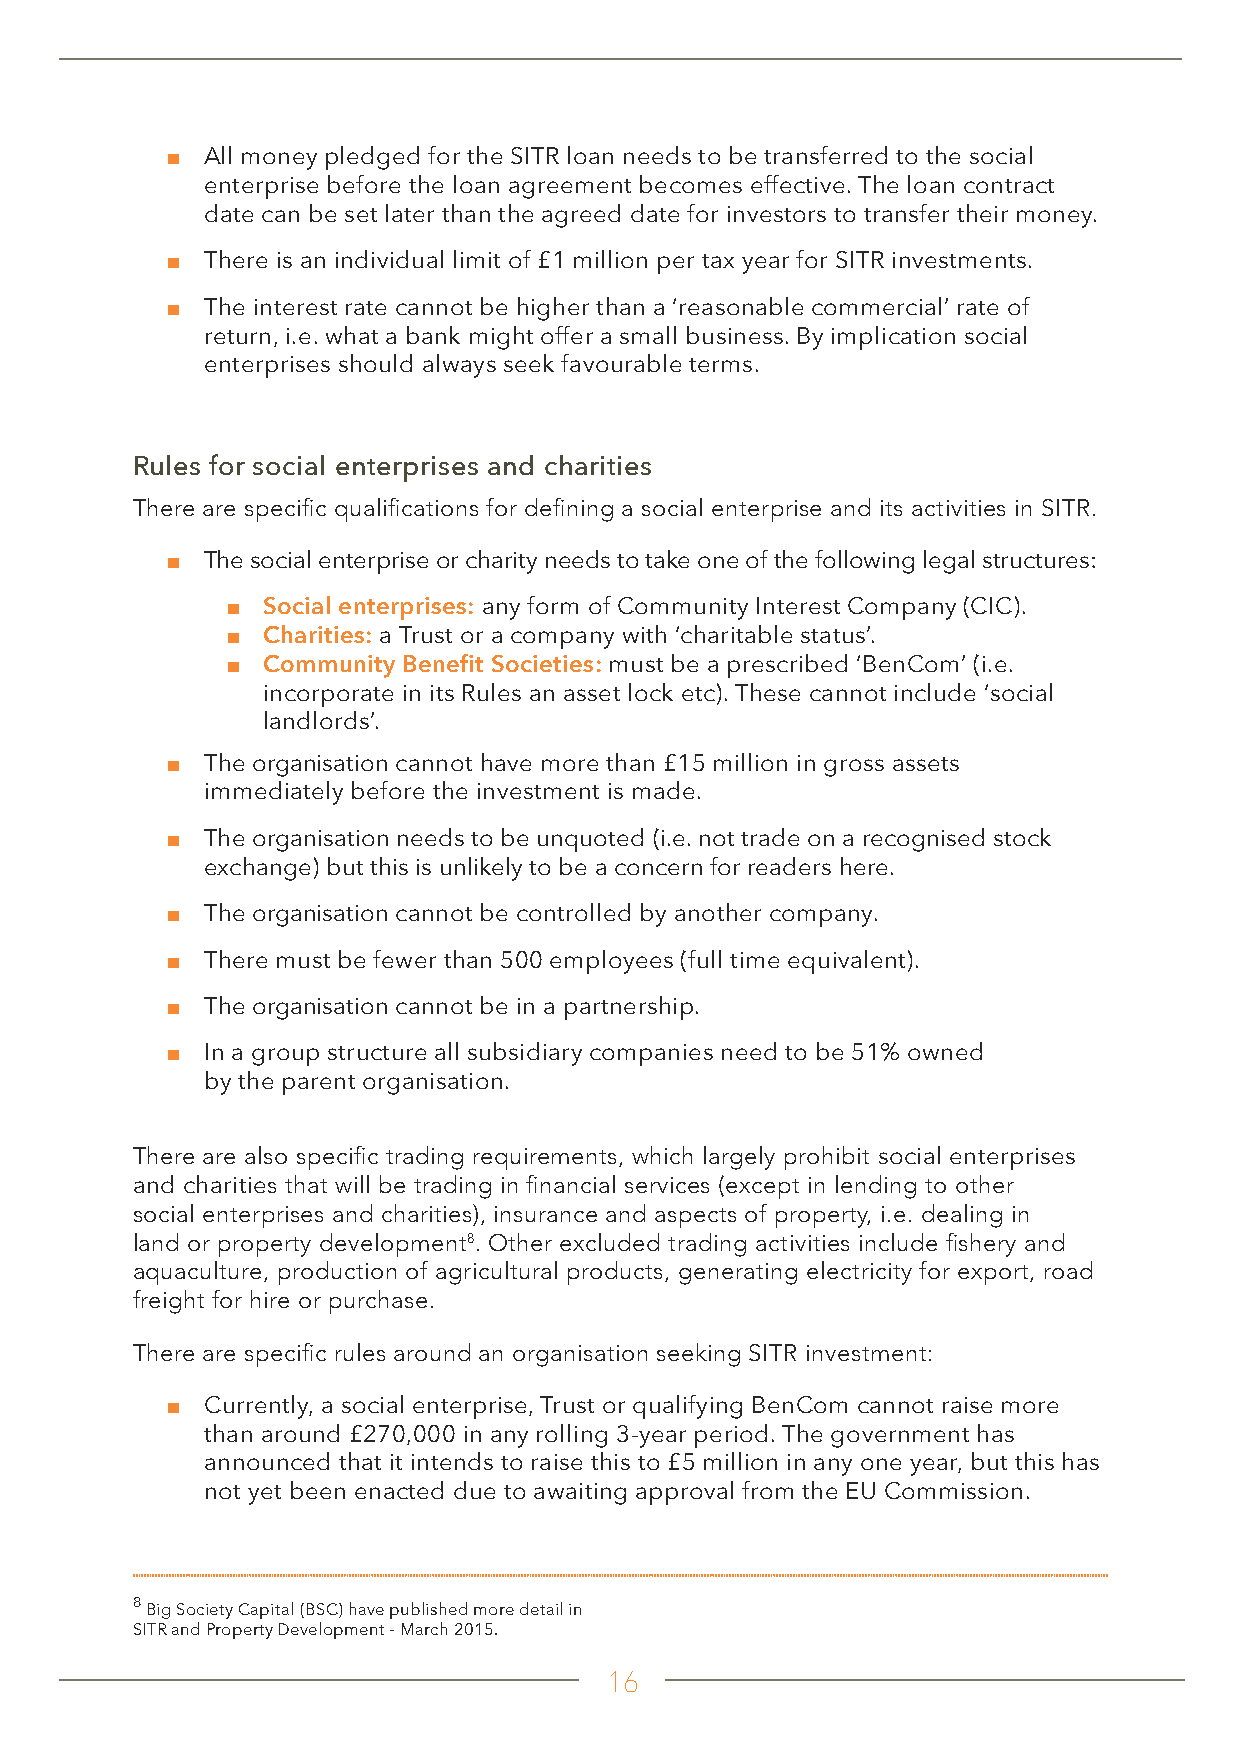
■ All money pledged for the SITR loan needs to be transferred to the social
 enterprise before the loan agreement becomes effective. The loan contract
 date can be set later than the agreed date for investors to transfer their money.
 ■ There is an individual limit of £1 million per tax year for SITR investments.
 ■ The interest rate cannot be higher than a ‘reasonable commercial’ rate of
 return, i.e. what a bank might offer a small business. By implication social
 enterprises should always seek favourable terms.
 Rules for social enterprises and charities
 There are specific qualifications for defining a social enterprise and its activities in SITR.
 ■ The social enterprise or charity needs to take one of the following legal structures:
 ■ Social enterprises: any form of Community Interest Company (CIC).
 ■ Charities: a Trust or a company with ‘charitable status’.
 ■ Community Benefit Societies: must be a prescribed ‘BenCom’ (i.e.
 incorporate in its Rules an asset lock etc). These cannot include ‘social
 landlords’.
 ■ The organisation cannot have more than £15 million in gross assets
 immediately before the investment is made.
 ■ The organisation needs to be unquoted (i.e. not trade on a recognised stock
 exchange) but this is unlikely to be a concern for readers here.
 ■ The organisation cannot be controlled by another company.
 ■ There must be fewer than 500 employees (full time equivalent).
 ■ The organisation cannot be in a partnership.
 ■ In a group structure all subsidiary companies need to be 51% owned
 by the parent organisation.
 There are also specific trading requirements, which largely prohibit social enterprises
 and charities that will be trading in financial services (except in lending to other
 social enterprises and charities), insurance and aspects of property, i.e. dealing in
 land or property development8. Other excluded trading activities include fishery and
 aquaculture, production of agricultural products, generating electricity for export, road
 freight for hire or purchase.
 There are specific rules around an organisation seeking SITR investment:
 ■ Currently, a social enterprise, Trust or qualifying BenCom cannot raise more
 than around £270,000 in any rolling 3-year period. The government has
 announced that it intends to raise this to £5 million in any one year, but this has
 not yet been enacted due to awaiting approval from the EU Commission.
 8
 Big Society Capital (BSC) have published more detail in
 SITR and Property Development - March 2015.
 16